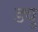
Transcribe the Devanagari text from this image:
ड्यु